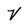
Character: V